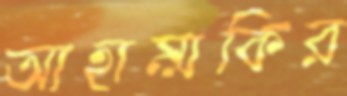
আহাম্মকির